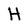
Character: H